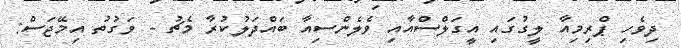
ދިވެހި ޕްރިމިއާ ލީގުގައި އީގަލްސްއާއި ވެލެންސިއާ ބައްދަލުކުރާ މެޗު - ވަގުތު އިމޭޖަސް: